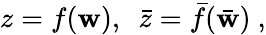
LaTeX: z=f(\mathbf{w}),~~\bar{{z}}=\bar{{f}}(\bar{{\mathbf{w}}})~,